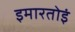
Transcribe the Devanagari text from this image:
इमारतोइं